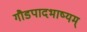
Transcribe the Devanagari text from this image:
गौडपादभाष्‍यम्